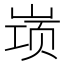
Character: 𱛷